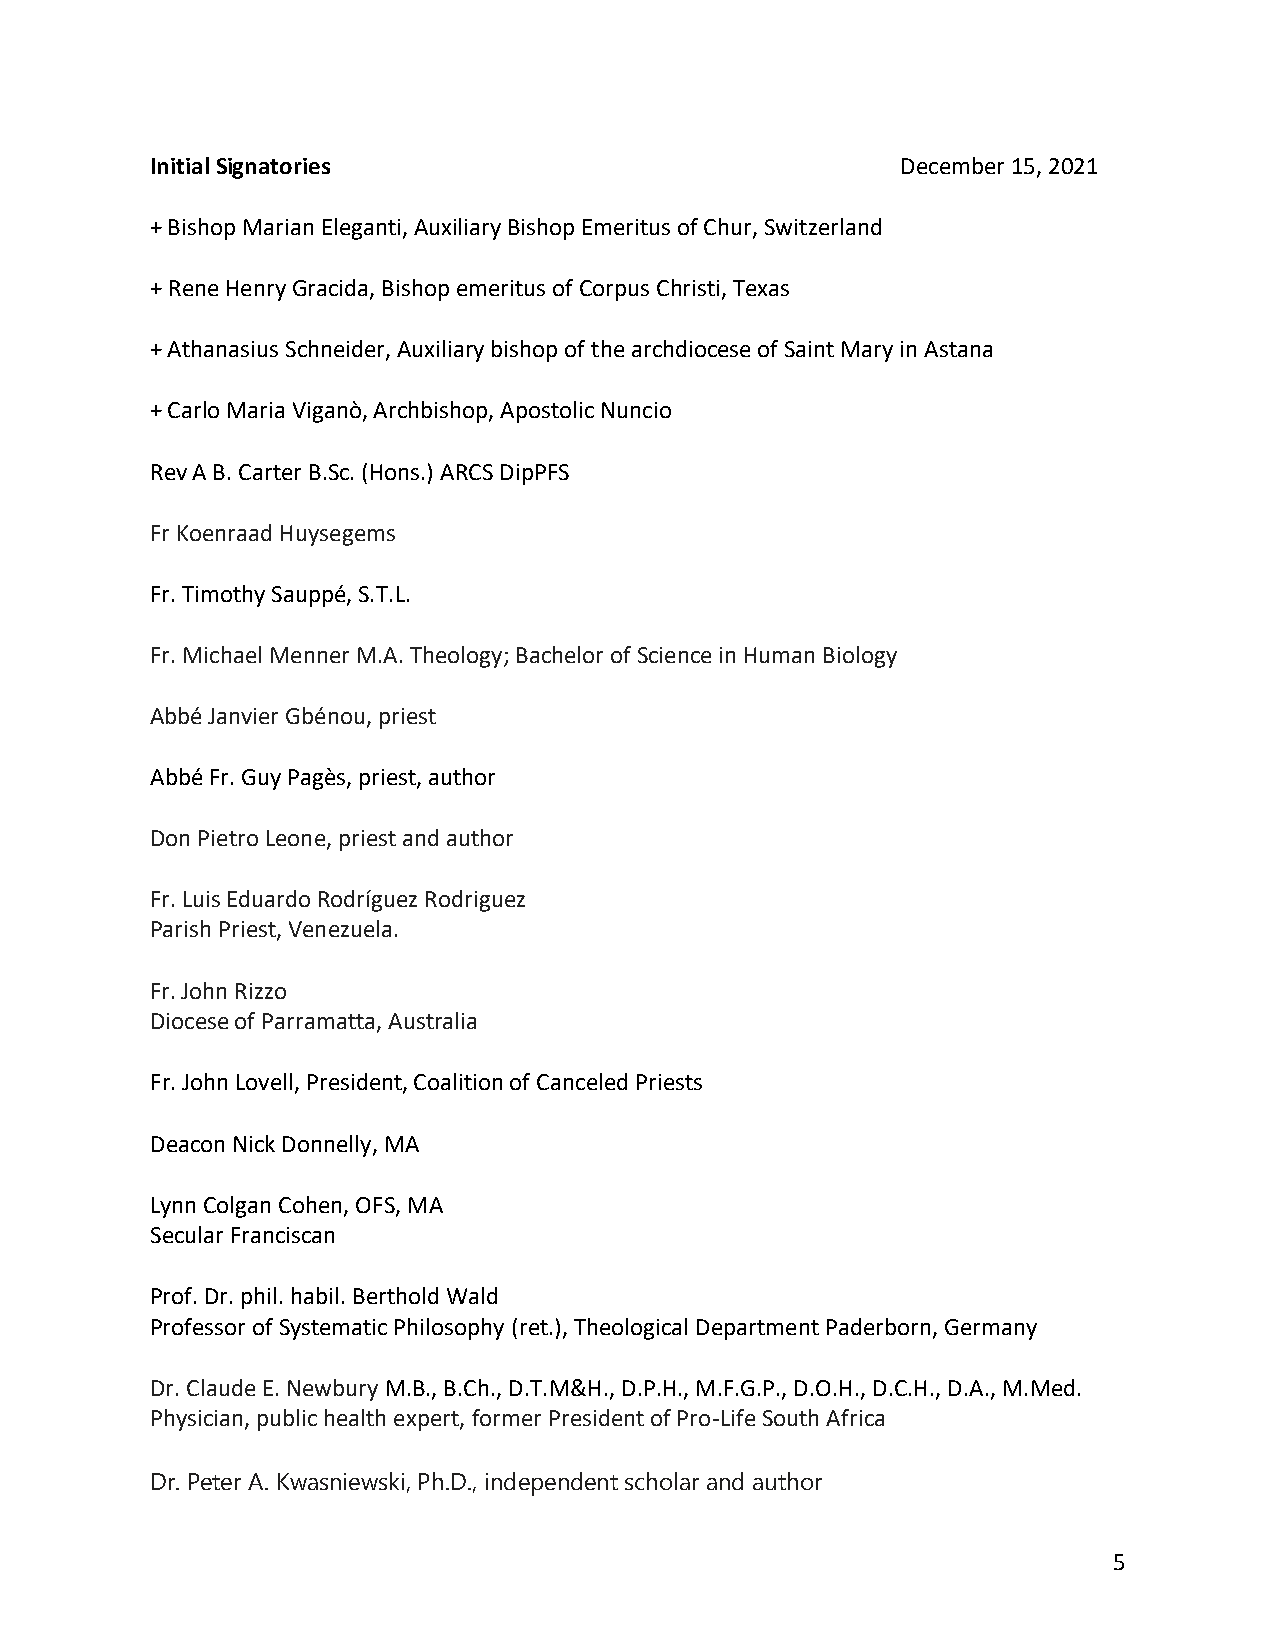
Initial Signatories                               December 15, 2021
 + Bishop Marian Eleganti, Auxiliary Bishop Emeritus of Chur, Switzerland
 + Rene Henry Gracida, Bishop emeritus of Corpus Christi, Texas
 + Athanasius Schneider, Auxiliary bishop of the archdiocese of Saint Mary in Astana
 + Carlo Maria Viganò, Archbishop, Apostolic Nuncio
 Rev A B. Carter B.Sc. (Hons.) ARCS DipPFS
 Fr Koenraad Huysegems
 Fr. Timothy Sauppé, S.T.L.
 Fr. Michael Menner M.A. Theology; Bachelor of Science in Human Biology
 Abbé Janvier Gbénou, priest
 Abbé Fr. Guy Pagès, priest, author
 Don Pietro Leone, priest and author
 Fr. Luis Eduardo Rodríguez Rodriguez
 Parish Priest, Venezuela.
 Fr. John Rizzo
 Diocese of Parramatta, Australia
 Fr. John Lovell, President, Coalition of Canceled Priests
 Deacon Nick Donnelly, MA
 Lynn Colgan Cohen, OFS, MA
 Secular Franciscan
 Prof. Dr. phil. habil. Berthold Wald
 Professor of Systematic Philosophy (ret.), Theological Department Paderborn, Germany
 Dr. Claude E. Newbury M.B., B.Ch., D.T.M&H., D.P.H., M.F.G.P., D.O.H., D.C.H., D.A., M.Med.
 Physician, public health expert, former President of Pro‑Life South Africa
 Dr. Peter A. Kwasniewski, Ph.D., independent scholar and author
 5